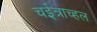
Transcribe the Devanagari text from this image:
चईत्राच्हल